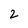
Character: 2